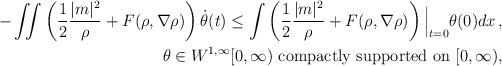
LaTeX: \begin{align*} \begin{aligned} - \iint \left ( \frac{1}{2} \frac{|m |^2}{\rho} + F(\rho,\nabla\rho) \right ) \dot\theta(t) \le \int \left ( \frac{1}{2} \frac{|m |^2}{\rho } + F(\rho,\nabla\rho) \right ) \Big |_{t=0} \theta(0)dx \, , \\ \ \theta \in W^{1, \infty} [0, \infty) \ \mbox{compactly supported on $[0, \infty)$}, \end{aligned}\end{align*}